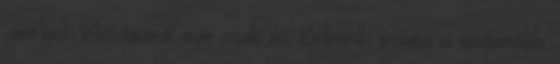
,amelyek létszámánál már csak az életkorok száma a magasabb.